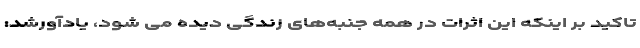
تاکید بر اینکه این اثرات در همه جنبه‌های زندگی دیده می شود، یادآورشد: